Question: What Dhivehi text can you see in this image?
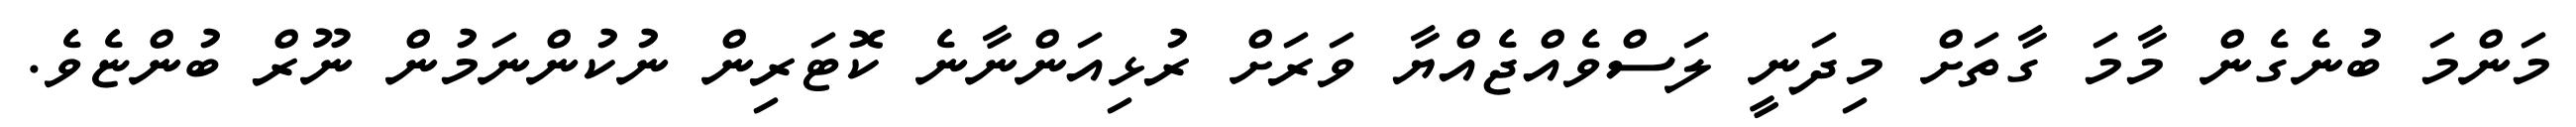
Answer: މަންމަ ބުނެގެން މާމަ ގާތަށް މިދަނީ ލަސްވެއްޖެއްޔާ ވަރަށް ރުޅިއަންނާނެ ކޮޓަރިން ނުކުންނަމުން ނޫރް ބުންޏެވެ.